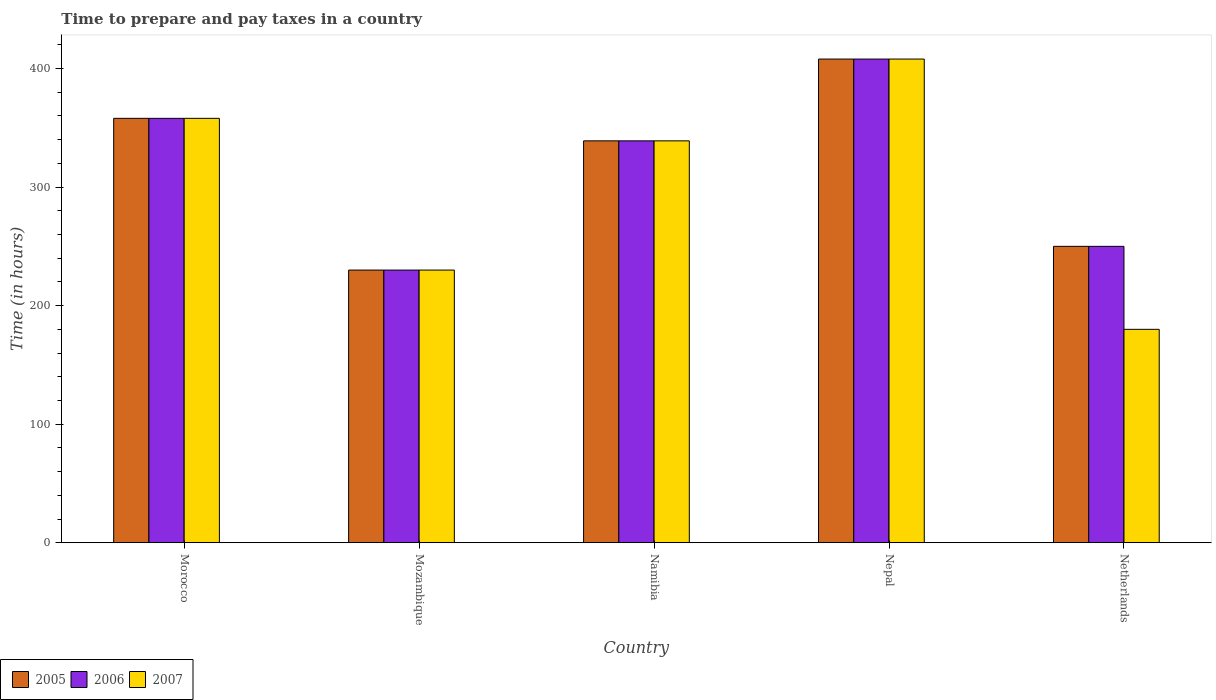
| Country | 2005 | 2006 | 2007 |
 | --- | --- | --- | --- |
 | Morocco | 358 | 358 | 358 |
 | Mozambique | 230 | 230 | 230 |
 | Namibia | 339 | 339 | 339 |
 | Nepal | 408 | 408 | 408 |
 | Netherlands | 250 | 250 | 180 |